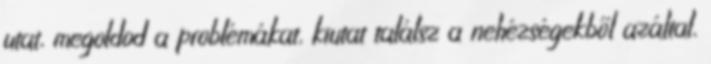
utat, megoldod a problémákat, kiutat találsz a nehézségekből azáltal,